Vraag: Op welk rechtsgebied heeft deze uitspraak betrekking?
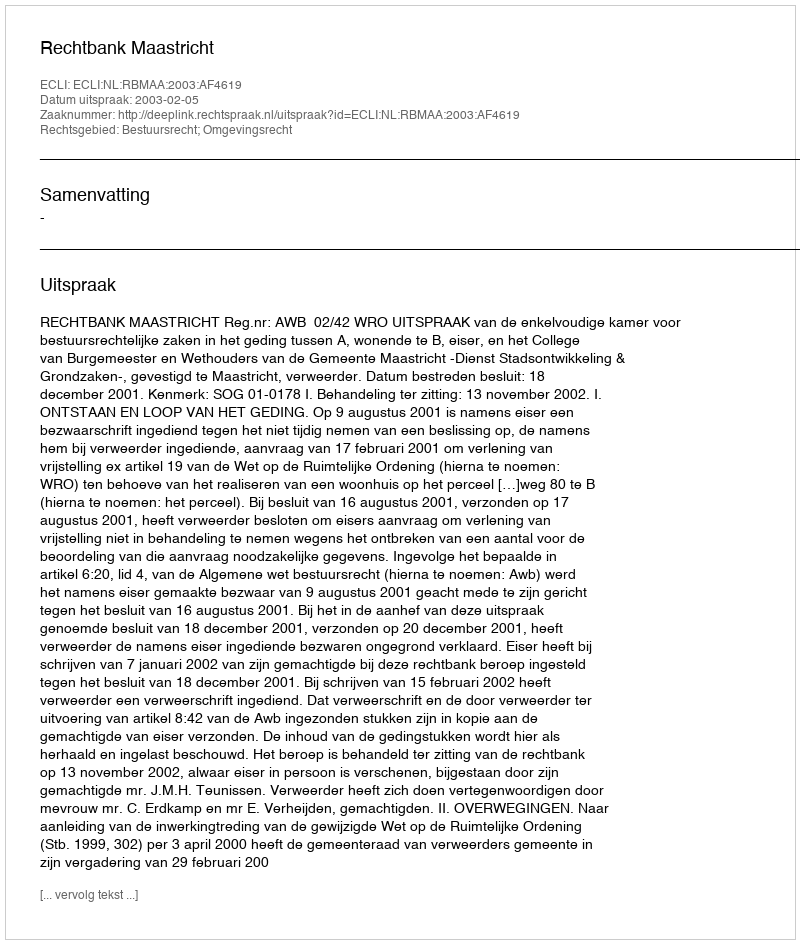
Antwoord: Bestuursrecht; Omgevingsrecht